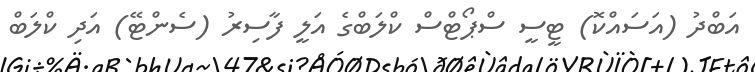
އަބްދު (އަސައްކޮ) ޓީސީ ސްޕޯޓްސް ކްލަބްގެ އަލީ ފާސިރު (ސެންޓޭ) އަދި ކްލަބް